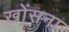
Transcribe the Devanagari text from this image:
खोंसना